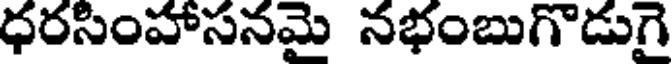
ధరసింహాసనమై నభంబుగొడుగై